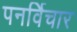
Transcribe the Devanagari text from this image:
पनर्विचार